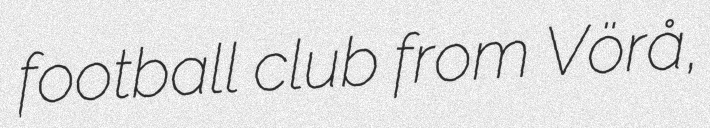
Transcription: football club from Vörå,